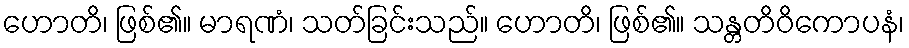
ဟောတိ၊ ဖြစ်၏။ မာရဏံ၊ သတ်ခြင်းသည်။ ဟောတိ၊ ဖြစ်၏။ သန္တတိဝိကောပနံ၊